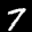
Label: 7